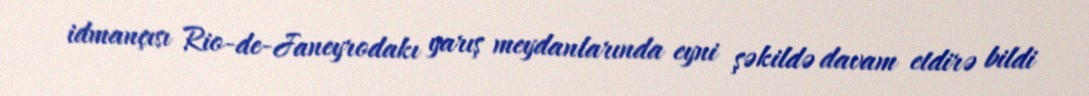
idmançısı Rio-de-Janeyrodakı yarış meydanlarında eyni şəkildə davam etdirə bildi